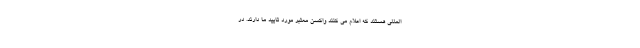
المللی هستند که اعلام می کنند واکسن معتبر مورد تایید ما دارند. در